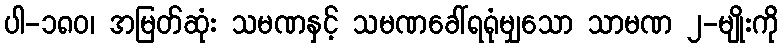
ပါ-၁၈၀၊ အမြတ်ဆုံး သမဏနှင့် သမဏခေါ်ရရုံမျှသော သာမဏ ၂-မျိုးကို